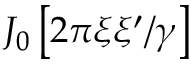
J _ { 0 } \left[ { 2 \pi \xi \xi ^ { \prime } } / { \gamma } \right]